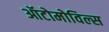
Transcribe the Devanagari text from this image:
ऑटोमोविल्स